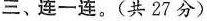
三、连一连。(共27分)